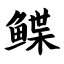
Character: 鲽